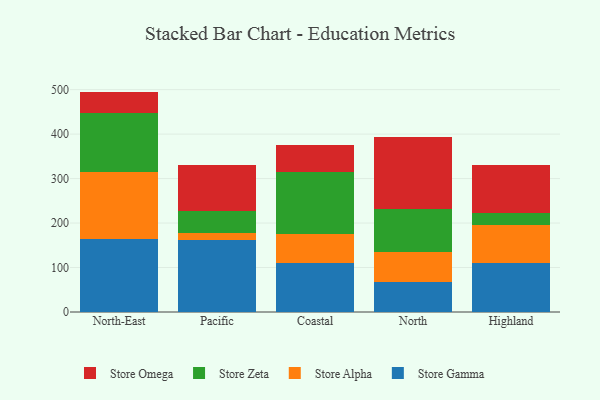
{"axis": {"x": "Region", "y": "Page Views"}, "legend": ["Store Alpha", "Store Gamma", "Store Omega", "Store Zeta"], "data": [{"x": "North-East", "y": 164.8, "type": "Store Gamma"}, {"x": "North-East", "y": 148.9, "type": "Store Alpha"}, {"x": "North-East", "y": 132.9, "type": "Store Zeta"}, {"x": "North-East", "y": 49.0, "type": "Store Omega"}, {"x": "Pacific", "y": 162.1, "type": "Store Gamma"}, {"x": "Pacific", "y": 16.6, "type": "Store Alpha"}, {"x": "Pacific", "y": 47.5, "type": "Store Zeta"}, {"x": "Pacific", "y": 103.4, "type": "Store Omega"}, {"x": "Coastal", "y": 110.8, "type": "Store Gamma"}, {"x": "Coastal", "y": 65.0, "type": "Store Alpha"}, {"x": "Coastal", "y": 138.6, "type": "Store Zeta"}, {"x": "Coastal", "y": 60.2, "type": "Store Omega"}, {"x": "North", "y": 67.7, "type": "Store Gamma"}, {"x": "North", "y": 67.5, "type": "Store Alpha"}, {"x": "North", "y": 96.1, "type": "Store Zeta"}, {"x": "North", "y": 161.9, "type": "Store Omega"}, {"x": "Highland", "y": 110.3, "type": "Store Gamma"}, {"x": "Highland", "y": 86.0, "type": "Store Alpha"}, {"x": "Highland", "y": 25.8, "type": "Store Zeta"}, {"x": "Highland", "y": 107.6, "type": "Store Omega"}]}